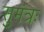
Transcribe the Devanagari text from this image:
सुमंत्रः